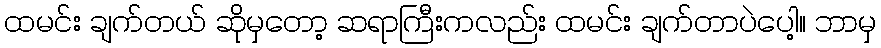
ထမင်း ချက်တယ် ဆိုမှတော့ ဆရာကြီးကလည်း ထမင်း ချက်တာပဲပေါ့။ ဘာမှ